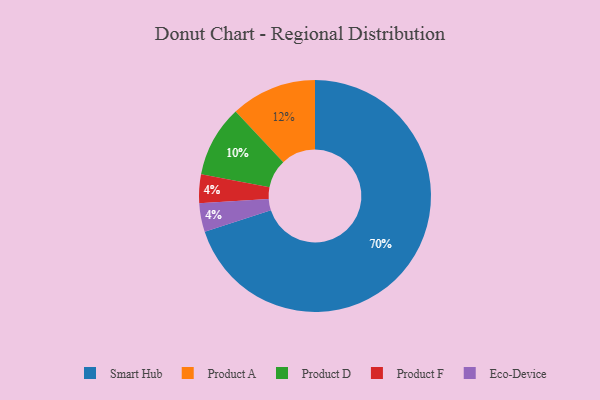
{"axis": {"x": "Category", "y": "Percentage"}, "legend": ["Eco-Device", "Product A", "Product D", "Product F", "Smart Hub"], "data": [{"x": "Smart Hub", "y": 70, "type": "Smart Hub"}, {"x": "Product A", "y": 12, "type": "Product A"}, {"x": "Product D", "y": 10, "type": "Product D"}, {"x": "Product F", "y": 4, "type": "Product F"}, {"x": "Eco-Device", "y": 4, "type": "Eco-Device"}]}